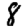
Digit: 8